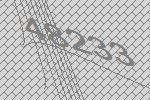
48233